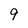
Character: 9